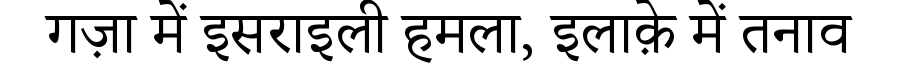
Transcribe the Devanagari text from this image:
गज़ा में इसराइली हमला, इलाक़े में तनाव